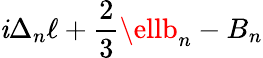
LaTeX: \mathit{i}\Delta_{n}\ell+{\frac{{2}}{{3}}}\ellb_{n}-B_{n}